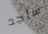
سأجد